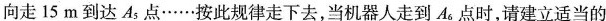
向走15m到达A_{5}点……按此规律走下去，当机器人走到A_{6}点时，请建立适当的